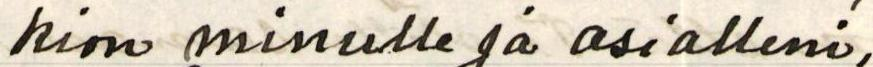
kion minulle ja asialleni.